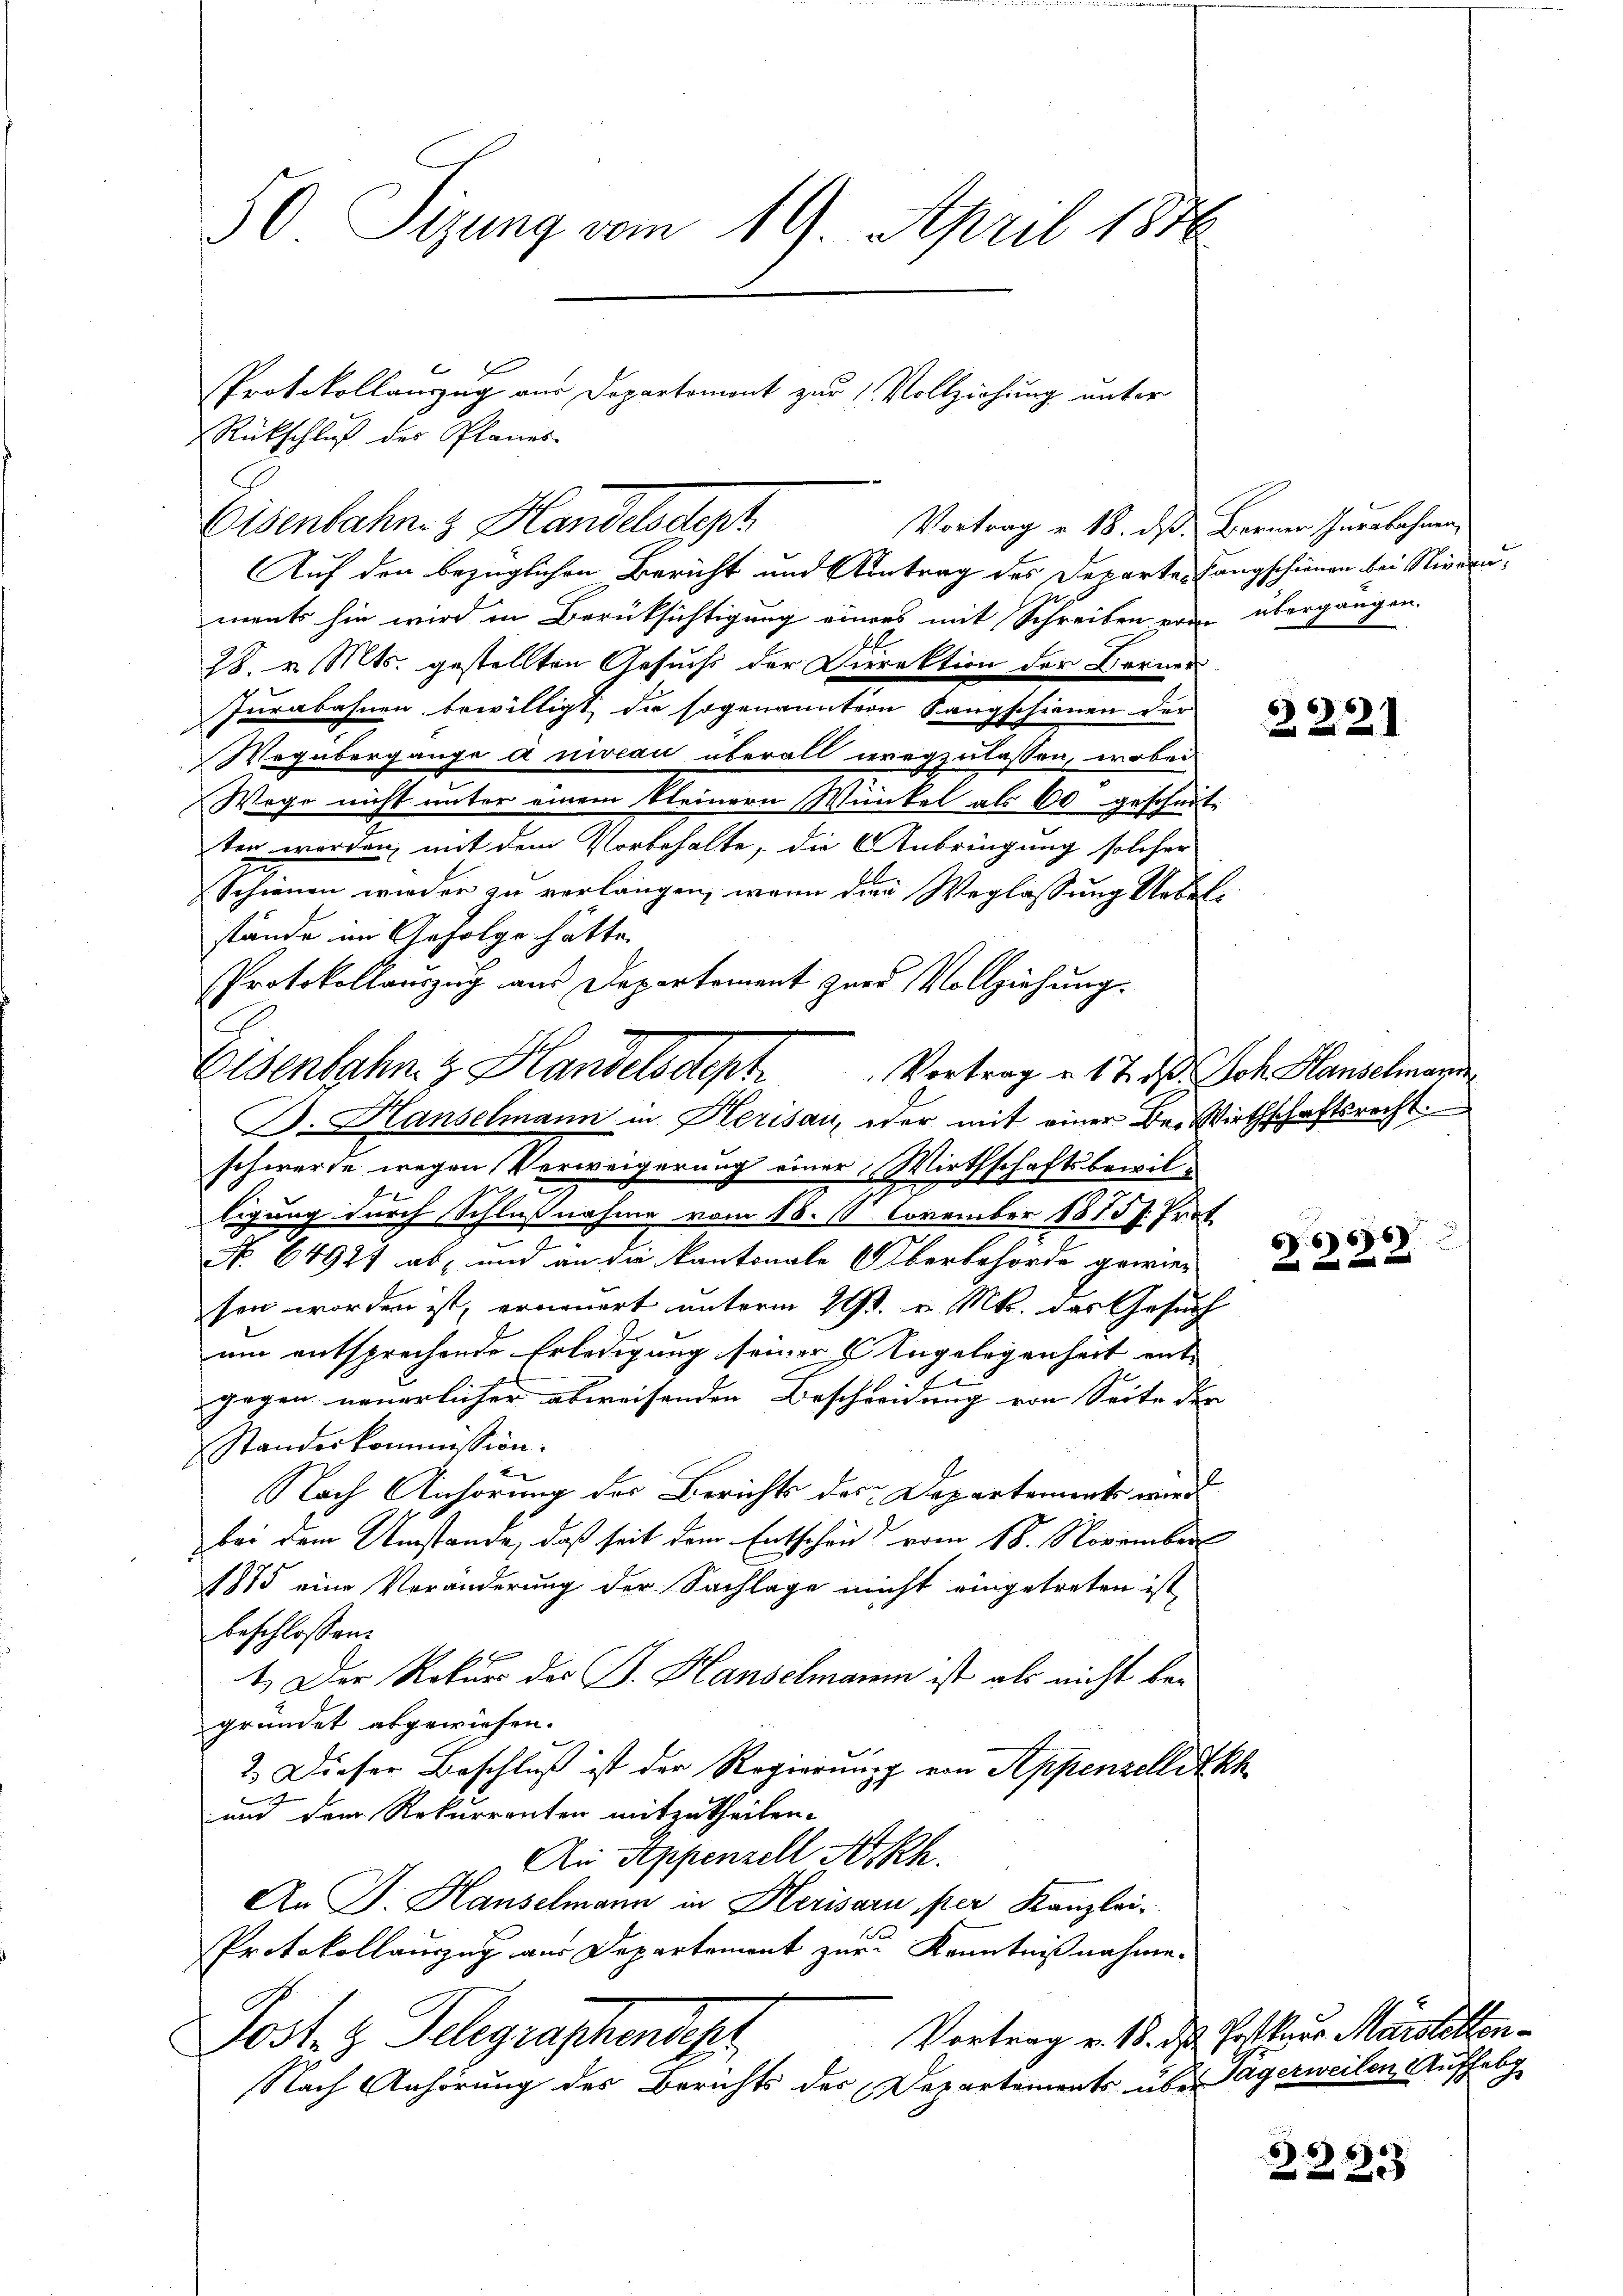
30 Sizung vom 19. April 1886
Protokollanzug aus Departemont zur 1. Vollziehung unter
Rückschluß des Planes.

Vortrag v. 18. ds Berner Jurabahnen,
Auf den bezüglichen Bericht und Antrag des Departen Langschienen bei Niveauments hin wird in Berüksichtigung einers mit Schreiben von übergangen.
28. v. Mts. gestellten Gesuchs der Direktion der Berner
Jurabahnen bewilligt, die sogenannter Sangschienen der
Wegübergange a niveau überall wegzulassen, wobei
Wege nicht unter einem kleinern Winkel als 60 gescheit-
ten worden, mit dem Vorbehalte, die Anbringung solcher
Schienen wieder zu verlangen, wenn dien Weglassung Uebelstände im Gefolge hätte
Protokollauszug aus Departement zur Vollziehung.
B. Hanselmann in Herisau, oder mit einer De-Wirthschaftsrecht
schwerde wegen Verweigerung einer Wirthschaftsbewilligung durch Schlußnahme vom 18. S. November 1873 s. Prot
No. 64927 ab, und an die kantonale Oberbehörde gewies
sen worden ist, erneuert unterm 20t v. Mts. das Gesuch
um entsprechende Erledigung seiner Angelegenheit ente
gegen neuerlicher abweisenden Beschreibung von Seite der
Standeskommission.
Nach Anhörung des Berichts des Departements wird
bei dem Umstände, daß seit dem Entschen vom 18. November
1875 eine Veränderung der Sachlage nicht eingetreten ist,
beschlossen:
1.) Der Rekurs des J. Hanselmann ist als nicht begründet abgewiesen.
2.) Dieser Beschluß ist der Regierung von Appenzellit kh
.
und dem Rekurrenten mitzutheilen.
An Appenzell A.Rh.
An J. Hauselmann in Herisaru per Kanzlei-
Protokollauszug aus Departement zur Kenntnißnahme.
Vortrag v. 18. d. Posthaus Marstelton¬
Post. g. Telegraphendesr
Nach Anhörung des Berichts des Departements über Agerweilen Aufhebg

Eisenbahn z. Handelsdept

Elsenbahn z. Handelsdept Vortrag u. 17. d. Joh. Hanselmanne

2221

666. 6
  an ein

2237